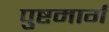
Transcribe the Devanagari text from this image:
पुष्टमार्ग